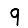
Digit: 9